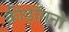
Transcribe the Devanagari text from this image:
क्रीड़ाँगनो